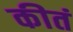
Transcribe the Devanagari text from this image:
कीतं